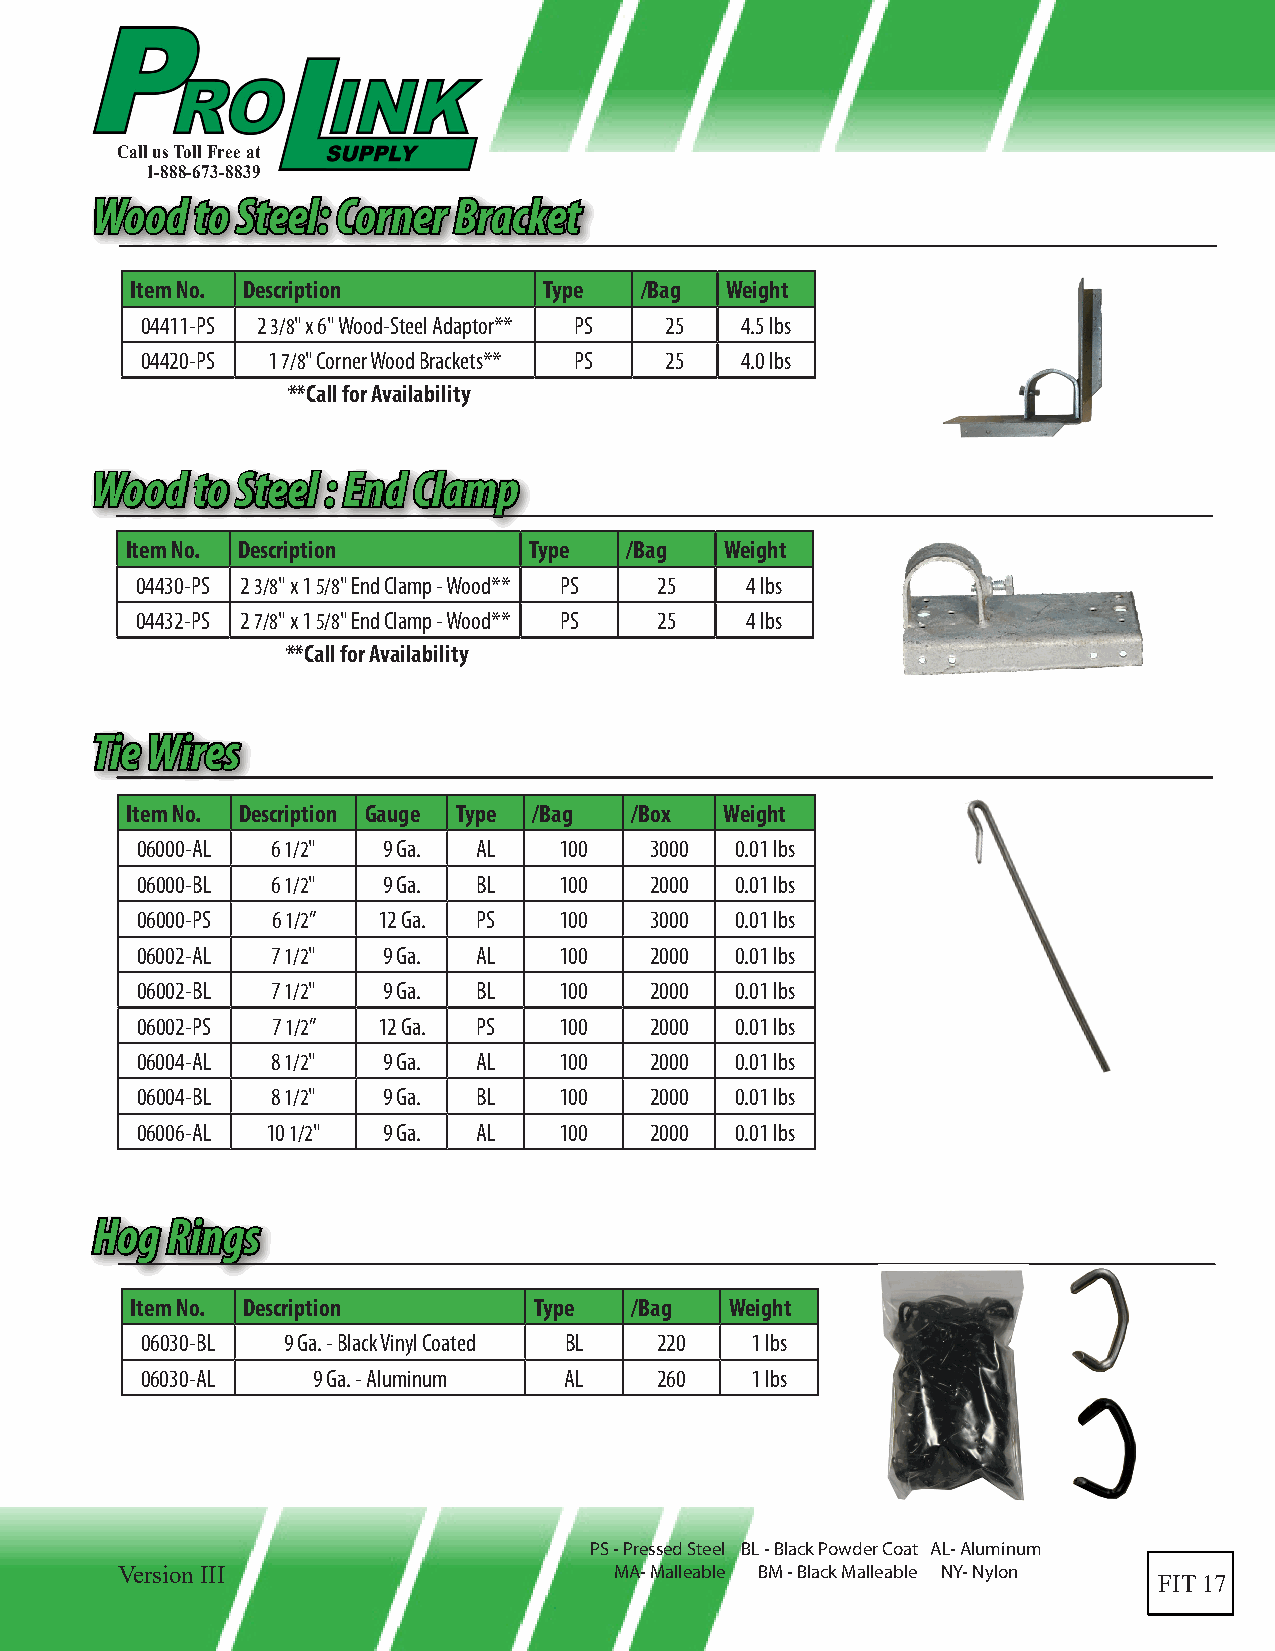
Call us Toll Free at
 1-888-673-8839
 WWoooodd ttoo SStteeeell:: CCoorrnneerr BBrraacckkeett
 Item No. Description       Type  /Bag  Weight
 04411-PS 2 3/8" x 6" Wood-Steel Adaptor** PS 25 4.5 lbs
 04420-PS 1 7/8" Corner Wood Brackets** PS 25 4.0 lbs
 **Call for Availability
 WWoooodd ttoo SStteeeell :: EEnndd CCllaammpp
 Item No. Description       Type  /Bag   Weight
 04430-PS 2 3/8" x 1 5/8" End Clamp - Wood** PS 25 4 lbs
 04432-PS 2 7/8" x 1 5/8" End Clamp - Wood** PS 25 4 lbs
 **Call for Availability
 TTiiee WWiirreess
 Item No. Description Gauge Type /Bag /Box Weight
 06000-AL 6 1/2" 9 Ga.  AL   100   3000  0.01 lbs
 06000-BL 6 1/2" 9 Ga.  BL   100   2000  0.01 lbs
 06000-PS 6 1/2” 12 Ga. PS   100   3000  0.01 lbs
 06002-AL 7 1/2" 9 Ga.  AL   100   2000  0.01 lbs
 06002-BL 7 1/2" 9 Ga.  BL   100   2000  0.01 lbs
 06002-PS 7 1/2” 12 Ga. PS   100   2000  0.01 lbs
 06004-AL 8 1/2" 9 Ga.  AL   100   2000  0.01 lbs
 06004-BL 8 1/2" 9 Ga.  BL   100   2000  0.01 lbs
 06006-AL 10 1/2" 9 Ga. AL   100   2000  0.01 lbs
 HHoogg RRiinnggss
 Item No. Description      Type   /Bag  Weight
 06030-BL  9 Ga. - Black Vinyl Coated BL 220 1 lbs
 06030-AL    9 Ga. - Aluminum AL    260   1 lbs
 PS - Pressed Steel BL - Black Powder Coat AL- Aluminum
 Version III                      MA- Malleable BM - Black Malleable NY- Nylon
 FIT 17